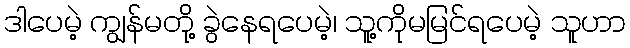
ဒါပေမဲ့ ကျွန်မတို့ ခွဲနေရပေမဲ့၊ သူ့ကိုမမြင်ရပေမဲ့ သူဟာ